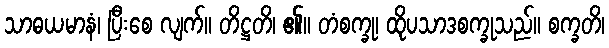
သာဓယမာနံ၊ ပြီးစေ လျက်။ တိဋ္ဌတိ၊ ၏။ တံစက္ခု၊ ထိုပသာဒစက္ခုသည်။ စက္ခတိ၊